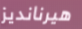
هيرنانديز